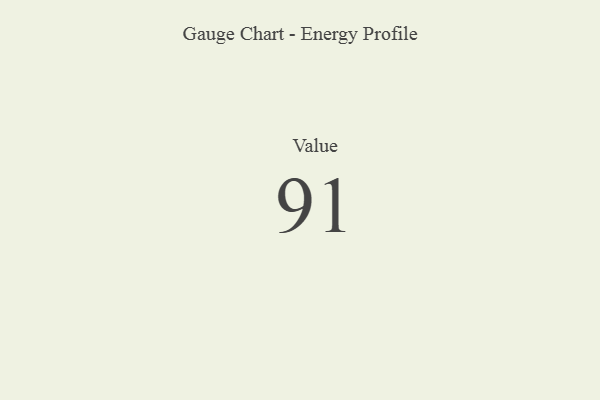
{"axis": {"x": "Metric", "y": "Value"}, "legend": [""], "data": [{"x": "Value", "y": 91, "type": ""}]}